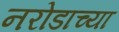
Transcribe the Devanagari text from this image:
नरोडाच्या